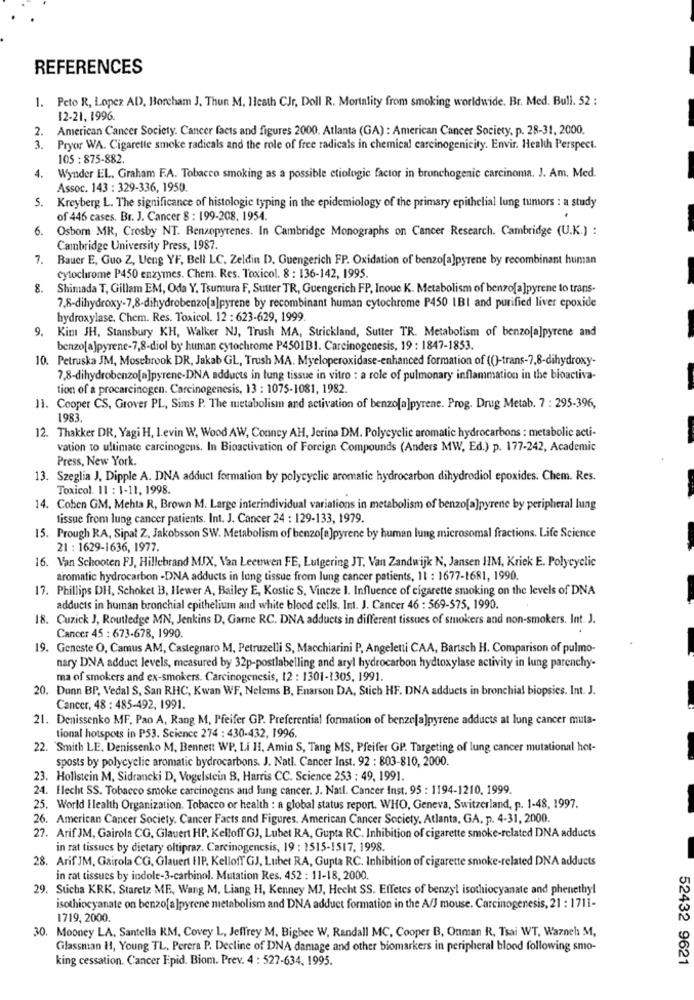
REFERENCES
1. Peto R, Lopez AD, Borcham J. Thun M, Heath CJr, Doll R. Mortality from smoking worldwide. Br. Med. Bull. 52 :
12-21, 1996.
2. American Cancer Society. Cancer facts and figures 2000. Atlanta (GA) : American Cancer Society, p. 28-31, 2000.
3. Pryor WA. Cigarette smoke radicals and the role of free radicals in chemical carcinogenicity. Envir. Health Perspect.
105 : 875-882.
Wynder EL. Graham F.A. Tobacco smoking as a possible etiologie factor in bronchogenic carcinoma. J. Am. Med.
4.
Assoc. 143 : 329-336, 1950.
5. Kreyberg L. The significance of histologic typing in the epidemiology of the primary epithelial lung tumors : a study
of 446 cases. Br. J. Cancer 8 : 199-208. 1954.
6. Osbom MR, Crosby NT. Benzopyrenes. In Cambridge Monographs on Cancer Research. Cambridge (U.K.) :
Cambridge University Press, 1987.
7. Bauer E, Guo Z, Ueng YF, Bell LC. Zeldin D), Guengerich FP. Oxidation of benzo[a]pyrene by recombinant human
cytochrome P450 enzymes. Chem. Res. Toxicol. 8 : 136-142, 1995.
8. Shimada T, Gillam EM, Oda Y. Tsumura F, Sutter TR, Guengerich FP, Inoue K. Metabolism of benzo[a]pyrene to trans-
7,8-dihydroxy-7,8-dihydrobenzo[a]pyrene by recombinant human cytochrome P450 IBI and purified liver epoxide
hydroxylase. Chem. Res. Toxicol. 12 : 623-629, 1999.
9. Kim JH, Stansbury KH, Walker NJ, Trush MA, Strickland, Sutter TR. Metabolism of benzo[a]pyrene and
benzo[a]pyrene-7,8-diol by human cytochrome P4501B1. Carcinogenesis, 19 : 1847-1853.
10. Petruska JM, Mosebrook DR, Jakab GL, Trush MA. Myeloperoxidase-enhanced formation of (()-trans-7,8-dihydroxy-
7,8-dihydrobenzo[a]pyrene-DNA adducts in lung tissue in vitro : a role of pulmonary inflammation in the bioactiva-
tion of a procarcinogen. Carcinogenesis, 13 : 1075-1081, 1982.
11. Cooper CS, Grover PL, Sims P. The metabolisin and activation of benzo[a]pyrene. Prog. Drug Metab. 7 : 295-396,
1983,
12. Thakker DR, Yagi H. 1.evin W, Wood AW, Conncy AH, Jerina DM. Polycyclic aromatic hydrocarbons : metabolic acti-
vation to ultimate carcinogens. In Bioactivation of Foreign Compounds (Anders MW, Ed.) p. 177-242, Academic
Press, New York.
13. Szeglia J, Dipple A. DNA adduct formation by polycyclic aromatic hydrocarbon dihydrodiol epoxides. Chem. Res.
Toxicol. 11 : 1-11, 1998.
14. Coben GM, Mehta R, Brown M. Large interindividual variations in metabolism of benzo[a]pyrene by peripheral lung
tissue from lung cancer patients. Int. J. Cancer 24 : 129-133, 1979.
15. Prough RA, Sipat Z, Jakobsson SW. Metabolism of benzo[a]pyrene by human lung microsomal fractions. Life Science
21 : 1629-1636, 1977.
16. Van Schooten FJ, Hillebrand MIX, Van Leeuwen FE, Lutgering JT, Van Zandwijk N, Jansen HIM, Kriek E. Polycyclic
aromatic hydrocarbon -DNA adducts in lung tissue from lung cancer patients, 11 : 1677-1681, 1990.
17. Phillips DH, Schoket B, Hewer A, Bailey E, Kostic S, Vincze 1. Influence of cigarette smoking on the levels of DNA
adducts in human bronchial epithelium and white blood cells. Int. J. Cancer 46 : 569-575, 1990.
18. Cuzick J, Routledge MN, Jenkins D, Game RC. DNA adduets in different tissues of smokers and non-smokers. Int. J.
Cancer 45 : 673-678, 1990.
19. Geneste O, Camus AM, Castegnaro M, Petruzelli S, Macchiarini P, Angeletti CAA, Bartsch H. Comparison of pulmo-
nary DNA adduct levels, measured by 32p-postlabelling and aryl hydrocarbon hydtoxylase activity in lung parenchy-
ma of smokers and ex-smokers. Carcinogenesis, 12 : 1301-1305, 1991.
20. Dunn BP, Vedal S, San RHC, Kwan WF, Nelems B, Enarson DA, Stich HF. DNA adducts in bronchial biopsies. Int. J.
Cancer, 48 : 485-492, 1991.
21. Denissenko MF, Pao A, Rang M, Pfeifer GP. Preferential formation of benze[a]pyrene adducts at lung cancer muta-
tional hotspots in P53. Science 274 : 430-432, 1996.
22. Smith LE. Denissenko M. Bennett WP. Li 11, Amin S, Tang MS, Pfeifer GP. Targeting of lung cancer mutational hot-
sposts by polycyclie aromatic bydrocarbons. J. Natl. Cancer Inst. 92 : 803-810, 2000.
23. Hollstein M. Sidrancki D, Vogelstein B, Harris CC. Science 253 : 49, 1991.
24. Flecht SS. Tobacco smoke carcinogens and lung cancer. J. Natl. Cancer Inst. 95 : 1194-1210, 1999.
25. World Health Organization. Tobacco or health : a global status report. WHO, Geneva, Switzerland, p. 1-48, 1997.
26. American Cancer Society. Cancer Facts and Figures. American Cancer Society, Atlanta, GA, p. 4-31, 2000.
27. Arif JM, Gairola CG, Glauert HP, Kelloff GJ, Lubet RA, Gupta RC. Inhibition of cigarette smoke-related DNA adducts
in rat tissues by dietary oltipraz. Carcinogenesis, 19 : 1515-1517, 1998.
28. Arif JM, Gairola CG, Glauert HIP, Kelloff' GJ, Lubet RA, Gupta RC. Inhibition of cigarette smoke-related DNA adduets
in rat tissues by indole-3-carbinol. Mutation Res. 452 : 11-18, 2000.
29. Sucha KRK, Staretz ME, Wang M. Liang H, Kenney MJ, Hecht SS. Effetes of benzyl isothiocyanate and phenethyl
isothiocyanate on benzo[a ]pyrene metabolism and DNA adduct formation in the A/J mouse. Carcinogenesis, 21 : 1711-
1719, 2000.
30. Mooney LA, Santella RM, Covey L, Jeffrey M. Bigbee W, Randall MC, Cooper B, Ouman R, Tsai WT, Wazneh M,
Glassman H, Young TL, Perera P. Decline of DNA damage and other biomarkers in peripheral blood following smo-
king cessation. Cancer Epid. Biom. Prev. 4 : 527-634, 1995.
52432 9621